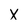
Character: X